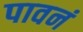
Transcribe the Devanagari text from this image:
पावनं